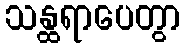
သန္ထရာပေတွာ